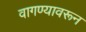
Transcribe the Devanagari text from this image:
वागण्यावरून